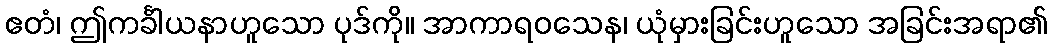
ဧတံ၊ ဤကင်္ခါယနာဟူသော ပုဒ်ကို။ အာကာရဝသေန၊ ယုံမှားခြင်းဟူသော အခြင်းအရာ၏